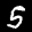
Label: 5